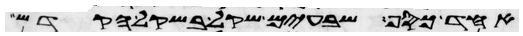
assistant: אחד כסף שבעים שקל בשקל הקדש